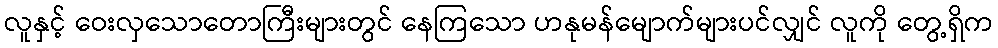
လူနှင့် ဝေးလှသောတောကြီးများတွင် နေကြသော ဟနုမန်မျောက်များပင်လျှင် လူကို တွေ့ရှိက